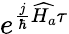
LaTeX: e^{\frac{j}{\hbar}\widehat{H_{a}}\tau}